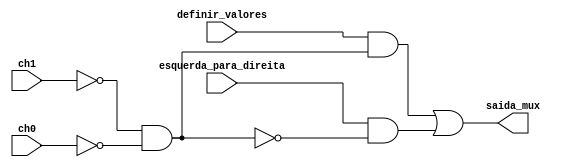
module mux_registrador_coluna(definir_valores, esquerda_para_direita, ch1, ch0, saida_mux); // mux 2x1 utilizado no flipflop_registrador_coluna e flipflop_registrador_coluna_especial

	input esquerda_para_direita, definir_valores, ch1, ch0;
	output saida_mux;
	wire f1, f2,f3;

	and and1(f1, ~ch1, ~ch0); // transformando ch1 e o ch0 em somente uma chave para fazer um mux 2x1.
	and and2(f2, definir_valores, f1);
	and and3(f3, esquerda_para_direita, ~f1);
	// uma lgica simples de multiplexador, as chaves ch0 e ch1 vo selecionar qual ser a saida por meio das ands e est ser enviada por meio do output saida_mux.
	or or1(saida_mux, f2, f3);

endmodule